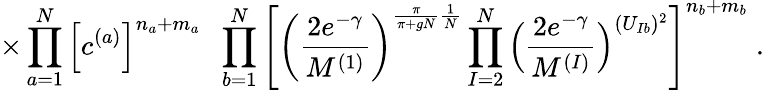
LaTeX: \times\prod_{a=1}^{N}\Big[c^{(a)}\Big]^{n_{a}+m_{a}}\; \; \prod_{b=1}^{N}\left[\left(\frac{2e^{-\gamma}}{M^{(1)}}\right)^{\frac{\pi}{\pi+gN}\frac{1}{N}}\prod_{I=2}^{N}\Big(\frac{2e^{-\gamma}}{M^{(I)}}\Big)^{(U_{Ib})^{2}}\right]^{n_{b}+m_{b}}\; .